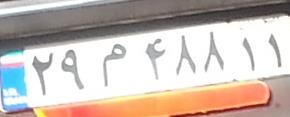
۲۹م۴۸۸۱۱